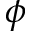
\phi